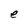
Character: e